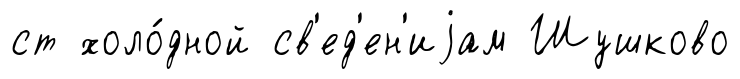
ст холо́дной св'ед'ен'иjам Шушково